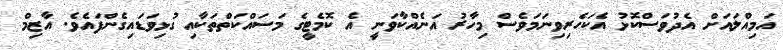
އަމިއްލައަށް އެދުވަސްކޮޅު އެކަހެރިވިނަމަވެސް މިހާރު އަނެއްކާވަނީ އެ ކޮމެޓީގެ މަސައްކަތްތަކާއި ގުޅިވަޑައިގެންފައެވެ. އާޒިމް